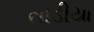
તાડીયા